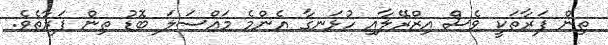
ތިން ފަރާތަކީ ވެސް އިޒްރޭލާއި ހުޅަނގާ އެންމެ މައްސަލަ ބޮޑު ތިން ފަރާތެވެ.